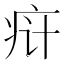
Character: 𬏟